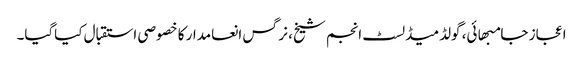
اعجاز جامبھائی، گولڈمیڈلسٹ انجم شیخ، نرگس انعامدار کا خصوصی استقبال کیاگیا۔